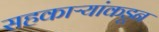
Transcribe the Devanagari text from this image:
सहकाऱ्यांकडून